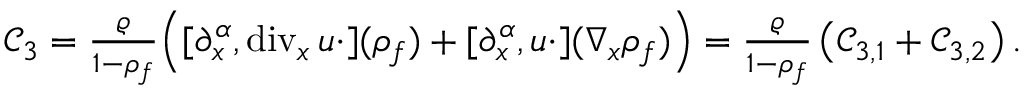
\begin{array} { r } { \mathcal { C } _ { 3 } = \frac { \varrho } { 1 - \rho _ { f } } \Big ( [ \partial _ { x } ^ { \alpha } , \mathrm { d i v } _ { x } \, u \cdot ] ( \rho _ { f } ) + [ \partial _ { x } ^ { \alpha } , u \cdot ] ( \nabla _ { x } \rho _ { f } ) \Big ) = \frac { \varrho } { 1 - \rho _ { f } } \left( \mathcal { C } _ { 3 , 1 } + \mathcal { C } _ { 3 , 2 } \right) . } \end{array}